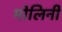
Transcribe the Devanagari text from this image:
मोलिनी